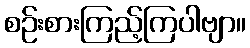
စဉ်းစားကြည့်ကြပါဗျာ။